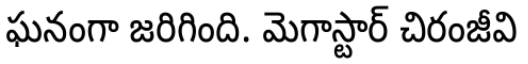
ఘనంగా జరిగింది. మెగాస్టార్ చిరంజీవి